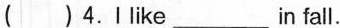
( )4.I like___in fall.